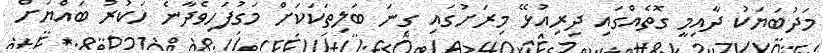
މަދުބަޔަކު ދާއިމީ ގޮތެއްގައި ދިރިއުޅޭ މިރަށުގައި ގިނަ ބަލިތަކަކަށް މަގުފަހިވެދާނެ ހަކުރު ބައްޔަށް